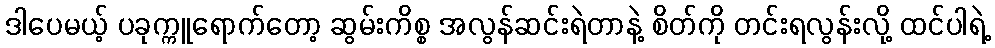
ဒါပေမယ့် ပခုက္ကူရောက်တော့ ဆွမ်းကိစ္စ အလွန်ဆင်းရဲတာနဲ့ စိတ်ကို တင်းရလွန်းလို့ ထင်ပါရဲ့